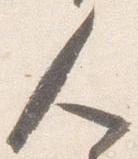
人